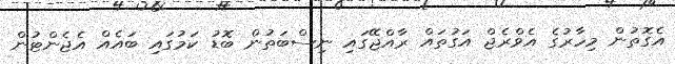
އެގޮތުން މިހާރުގެ އެވްރެޖް އަގުތައް ރާއްޖޭގައި ނިސްބަތުން ބޮޑު ކަމުގައި ބައެއް އެޖެންޓުން